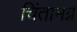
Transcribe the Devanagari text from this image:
चिंतामग्न